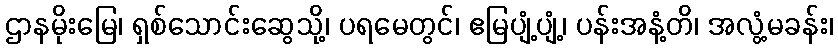
ဌာနမိုးမြေ၊ ရှစ်သောင်းဆွေသို့၊ ပရမေတွင်၊ ဧမြပျံ့ပျံ့၊ ပန်းအနံ့တိ၊ အလွံ့မခန်း၊